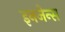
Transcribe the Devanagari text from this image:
इनजेन्स